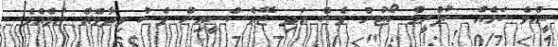
ކީއްވެ ކަމެއް ސުޕްރީމް ކޯޓުން ވެސް އަދި ޖޭއެސްސީއިން ވެސް ވިދާޅެއް ނުވެއެވެ.